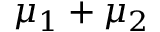
\mu _ { 1 } + \mu _ { 2 }